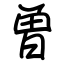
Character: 曽